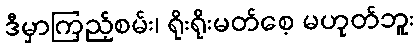
ဒီမှာကြည့်စမ်း၊ ရိုးရိုးမတ်စေ့ မဟုတ်ဘူး